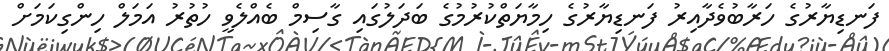
ފަނޑިޔާރުގެ ހަރާބުވެދާއިރު ފަނޑިޔާރުގެ ހިމާޔަތްކުރުމުގެ ބަދަލުގައި ގާސިމް ބެއްލެވީ ހުތުރު އަމަލް ހިންގިކަމަށް